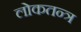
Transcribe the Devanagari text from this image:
लोकतन्‍त्र